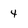
Character: 4